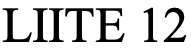
LIITE 12